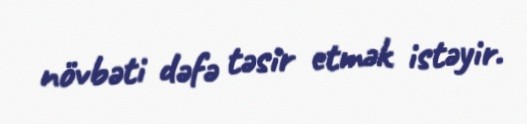
növbəti dəfə təsir etmək istəyir.